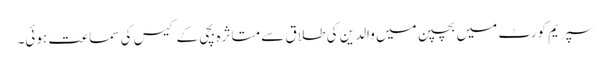
سپریم کورٹ میں بچپن میں والدین کی طلاق سے متاثرہ بچی کے کیس کی سماعت ہوئی۔